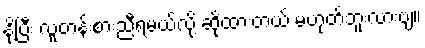
နို့ပြီး လူတန်းစားညီရမယ်လို့ ဆိုထားတယ် မဟုတ်ဘူးလားဗျ။